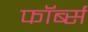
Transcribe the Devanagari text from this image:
फॉर्ब्स